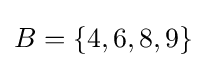
B=\{4,6,8,9\}